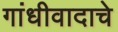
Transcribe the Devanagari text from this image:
गांधीवादाचे